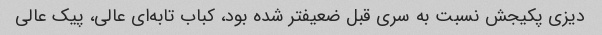
دیزی پکیجش نسبت به سری قبل ضعیفتر شده بود، کباب تابه‌ای عالی، پیک عالی